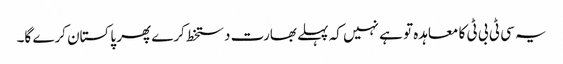
یہ سی ٹی بی ٹی کا معاہدہ تو ہے نہیں کہ پہلے بھارت دستخط کرے پھر پاکستان کرے گا۔